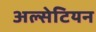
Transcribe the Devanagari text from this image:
अल्सेटियन